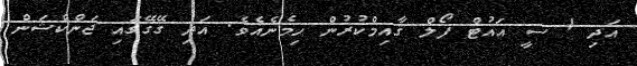
އަދި 1 ސީ އައުޓް ފޯލް ޤާއިމްކުރުން ހިމެނެއެވެ. އަދި ގޭގޭގައި ޖަންކްޝަން